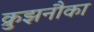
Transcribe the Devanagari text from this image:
क्रुझनौका